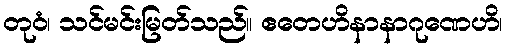
တုဝံ၊ သင်မင်းမြတ်သည်။ ဧတေဟိနာနာဂုဏေဟိ၊